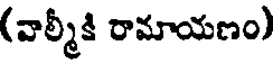
(వాల్మీకి రామాయణం)